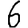
Digit: 6